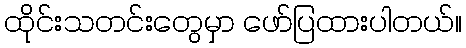
ထိုင်းသတင်းတွေမှာ ဖော်ပြထားပါတယ်။